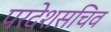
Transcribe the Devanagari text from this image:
परदेशसचिव